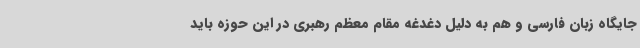
جایگاه زبان فارسی و هم به دلیل دغدغه مقام معظم رهبری در این حوزه باید